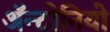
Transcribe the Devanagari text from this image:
ॲन्टोनियो